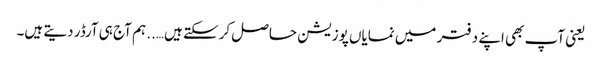
یعنی آپ بھی اپنے دفتر میں نمایاں پوزیشن حاصل کرسکتے ہیں….. ہم آج ہی آرڈر دیتے ہیں۔